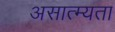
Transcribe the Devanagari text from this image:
असात्म्यता